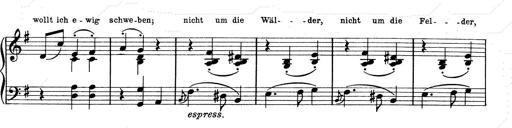
Title: 6 Polish Songs
Composer: Franz Liszt